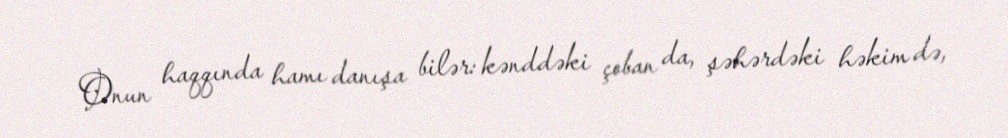
Onun haqqında hamı danışa bilər: kənddəki çoban da, şəhərdəki həkim də,